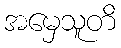
အမှေသူတိ